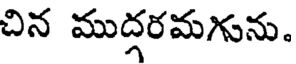
చిన ముద్గరమగును.